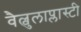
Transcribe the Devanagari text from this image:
वैल्वुलाप्लास्टी